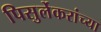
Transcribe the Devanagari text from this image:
पिसुर्लेकरांच्या